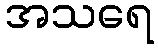
အသရေ